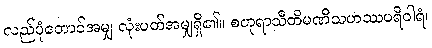
လည်ပုံတောင်အမျှ လုံးပတ်အမျှရှိ၏။ စတုရာသီတိမဏိသဟဿပရိဝါရံ၊